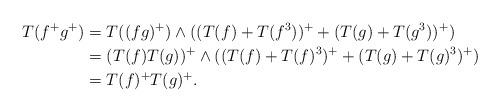
LaTeX: \begin{align*}T(f^{+}g^{+}) & =T((fg)^{+})\wedge((T(f)+T(f^{3}))^{+}+(T(g)+T(g^{3}))^{+})\\& =(T(f)T(g))^{+}\wedge((T(f)+T(f)^{3})^{+}+(T(g)+T(g)^{3})^{+})\\& =T(f)^{+}T(g)^{+}.\end{align*}